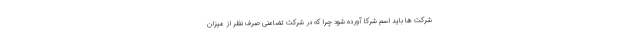
شرکت ها باید اسم شرکا آورده شود چرا که در شرکت تضامنی صرف نظر از میزان